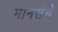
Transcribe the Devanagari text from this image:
मानसंचे